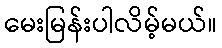
မေးမြန်းပါလိမ့်မယ်။